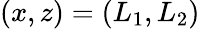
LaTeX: (x,z)=(L_{1},L_{2})